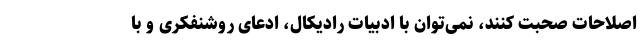
اصلاحات صحبت کنند، نمی‌توان با ادبیات رادیکال، ‌ادعای روشنفکری و با